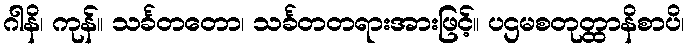
ဂါနိ၊ ကုန်။ သင်္ခတတော၊ သင်္ခတတရားအားဖြင့်။ ပဌမစတုတ္ထာနိစာပိ၊